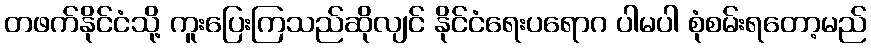
တဖက်နိုင်ငံသို့ ကူးပြေးကြသည်ဆိုလျင် နိုင်ငံရေးပရောဂ ပါမပါ စုံစမ်းရတော့မည်